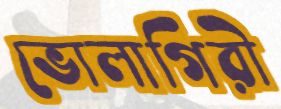
ভোলাগিরী